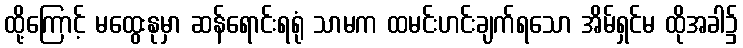
ထို့ကြောင့် မထွေးနုမှာ ဆန်ရောင်းရရုံ သာမက ထမင်းဟင်းချက်ရသော အိမ်ရှင်မ ထိုအခါ၌